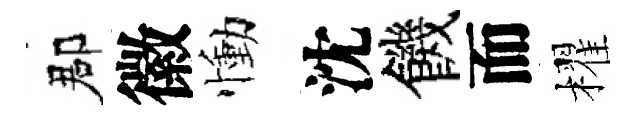
郡徽慟沈饑而櫂